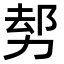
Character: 𠡺